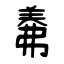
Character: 羛